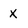
Character: X